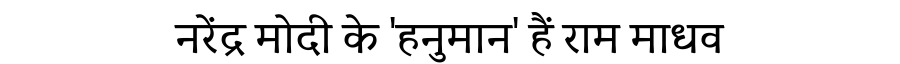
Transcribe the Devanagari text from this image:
नरेंद्र मोदी के 'हनुमान' हैं राम माधव